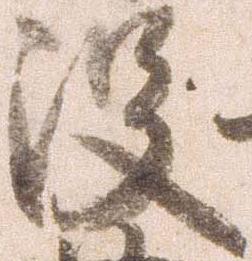
没